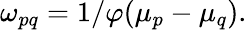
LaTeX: \begin{array}{r}{\omega_{pq}=1/\varphi(\mu_{p}-\mu_{q}).}\end{array}